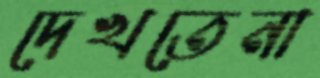
দেখতেনা